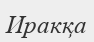
Иракқа